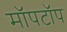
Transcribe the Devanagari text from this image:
मॉपटॉप